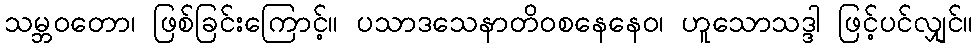
သမ္ဘဝတော၊ ဖြစ်ခြင်းကြောင့်။ ပသာဒသေနာတိဝစနေနေဝ၊ ဟူသောသဒ္ဒါ ဖြင့်ပင်လျှင်။